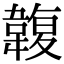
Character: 䪖